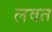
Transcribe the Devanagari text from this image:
लवत